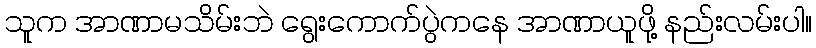
သူက အာဏာမသိမ်းဘဲ ရွေးကောက်ပွဲကနေ အာဏာယူဖို့ နည်းလမ်းပါ။